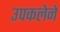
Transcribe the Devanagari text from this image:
उपकलेने